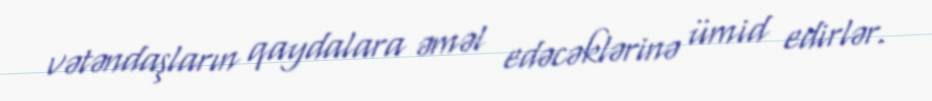
vətəndaşların qaydalara əməl edəcəklərinə ümid edirlər.